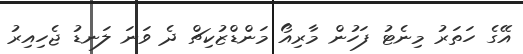
އޭގެ ހަތަރު މިނެޓު ފަހުން މާރިއޯ މަންޑްޒުކިޗް ދެ ވަނަ ލަނޑު ޖެހިއިރު